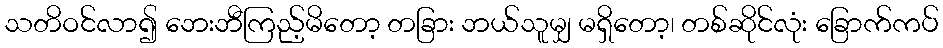
သတိဝင်လာ၍ ဘေးဘီကြည့်မိတော့ တခြား ဘယ်သူမျှ မရှိတော့၊ တစ်ဆိုင်လုံး ခြောက်ကပ်